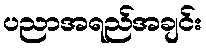
ပညာအရည်အချင်း